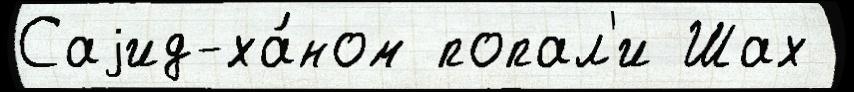
Саjид-ха́ном попал'и Шах